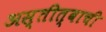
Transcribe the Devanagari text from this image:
अस्तीत्वाची